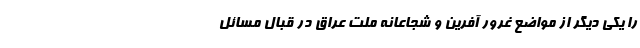
را یکی دیگر از مواضع غرور آفرین و شجاعانه ملت عراق در قبال مسائل